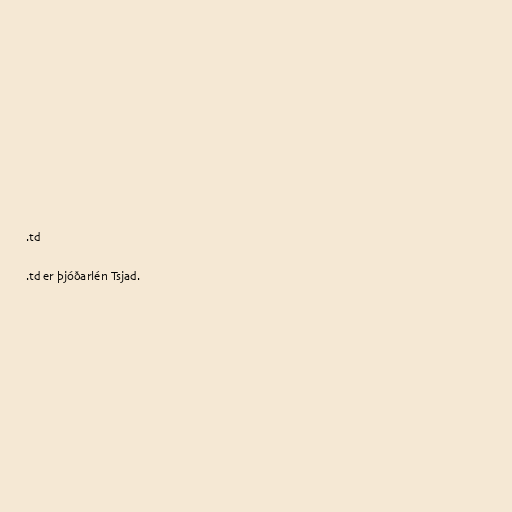
.td

.td er þjóðarlén Tsjad.